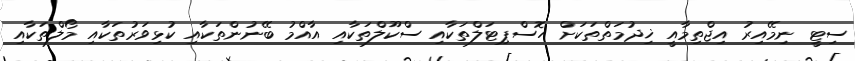
ސިޓީ ނިމޭއިރު އިޖްތިމާއީ ޚިދުމަތްތަކަށް ހޮސްޕިޓަލްތަކާއި ސްކޫލްތަކާއި އާއްމު ބޭނުންތަކާއި ކުޅިވަރުތަކާއި މޯލްތަކާއި